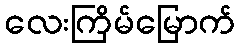
လေးကြိမ်မြောက်